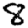
Digit: 8